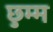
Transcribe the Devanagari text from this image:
छुम्म